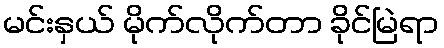
မင်းနှယ် မိုက်လိုက်တာ ခိုင်မြဲရာ